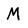
Character: M